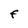
Character: F